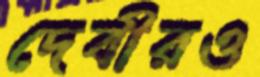
দেবীরও